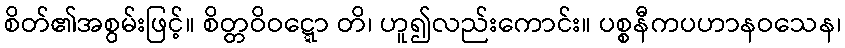
စိတ်၏အစွမ်းဖြင့်။ စိတ္တဝိဝဋ္ဋော တိ၊ ဟူ၍လည်းကောင်း။ ပစ္စနီကပဟာနဝသေန၊